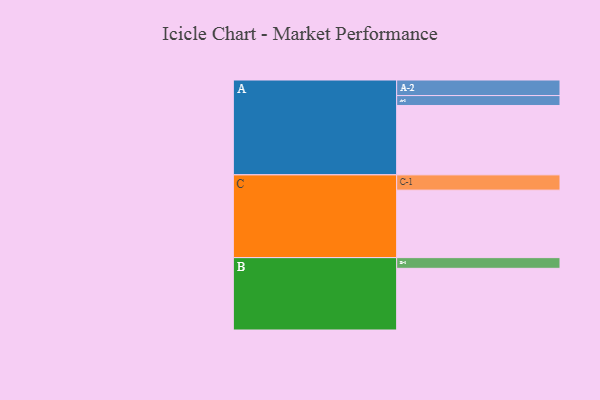
{"axis": {"x": "Segment", "y": "Value"}, "legend": ["", "A", "B", "C"], "data": [{"x": "A", "y": 441, "type": ""}, {"x": "B", "y": 392, "type": ""}, {"x": "C", "y": 429, "type": ""}, {"x": "A-1", "y": 63, "type": "A"}, {"x": "A-2", "y": 99, "type": "A"}, {"x": "B-1", "y": 68, "type": "B"}, {"x": "C-1", "y": 97, "type": "C"}]}